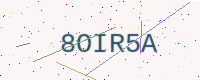
Text: 8OIR5A